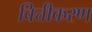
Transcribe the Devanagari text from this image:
वित्तीकरण